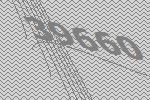
39660